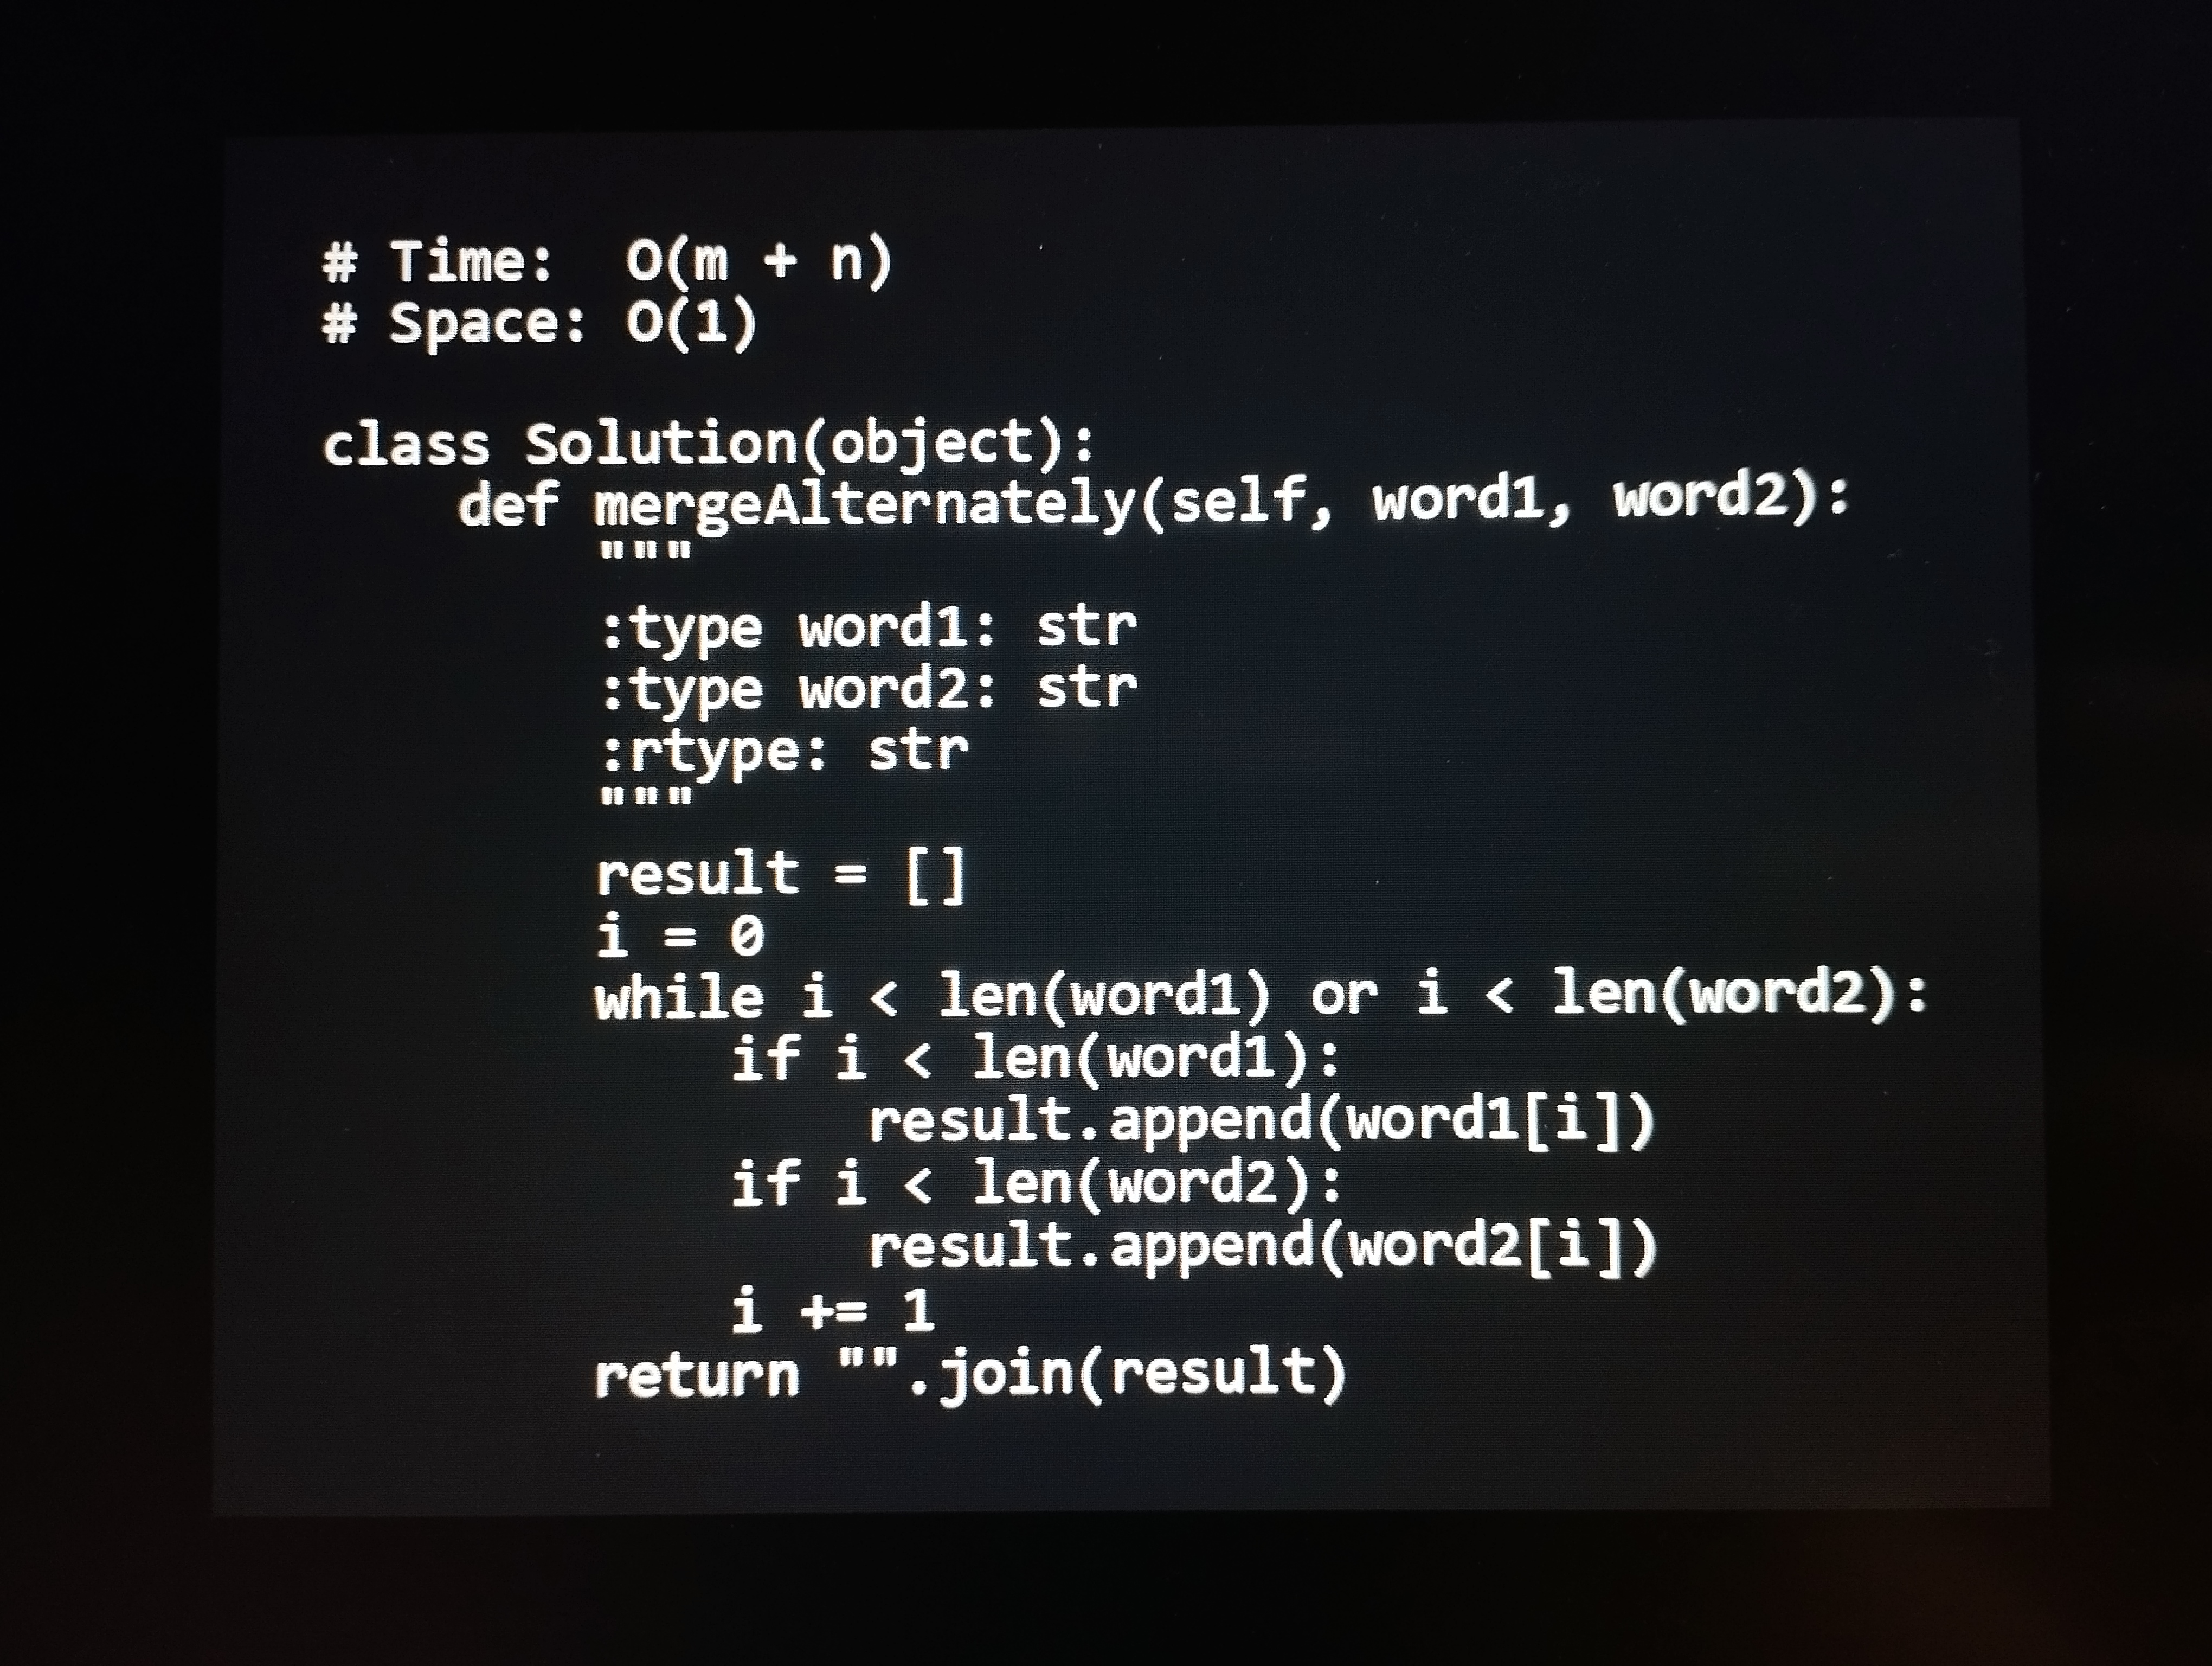
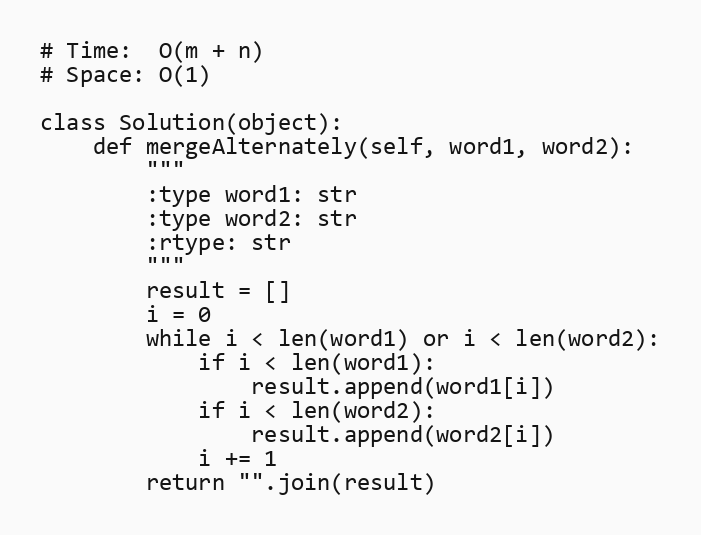
# Time:  O(m + n)
# Space: O(1)

class Solution(object):
    def mergeAlternately(self, word1, word2):
        """
        :type word1: str
        :type word2: str
        :rtype: str
        """
        result = []
        i = 0
        while i < len(word1) or i < len(word2):
            if i < len(word1):
                result.append(word1[i])
            if i < len(word2):
                result.append(word2[i])
            i += 1
        return "".join(result)